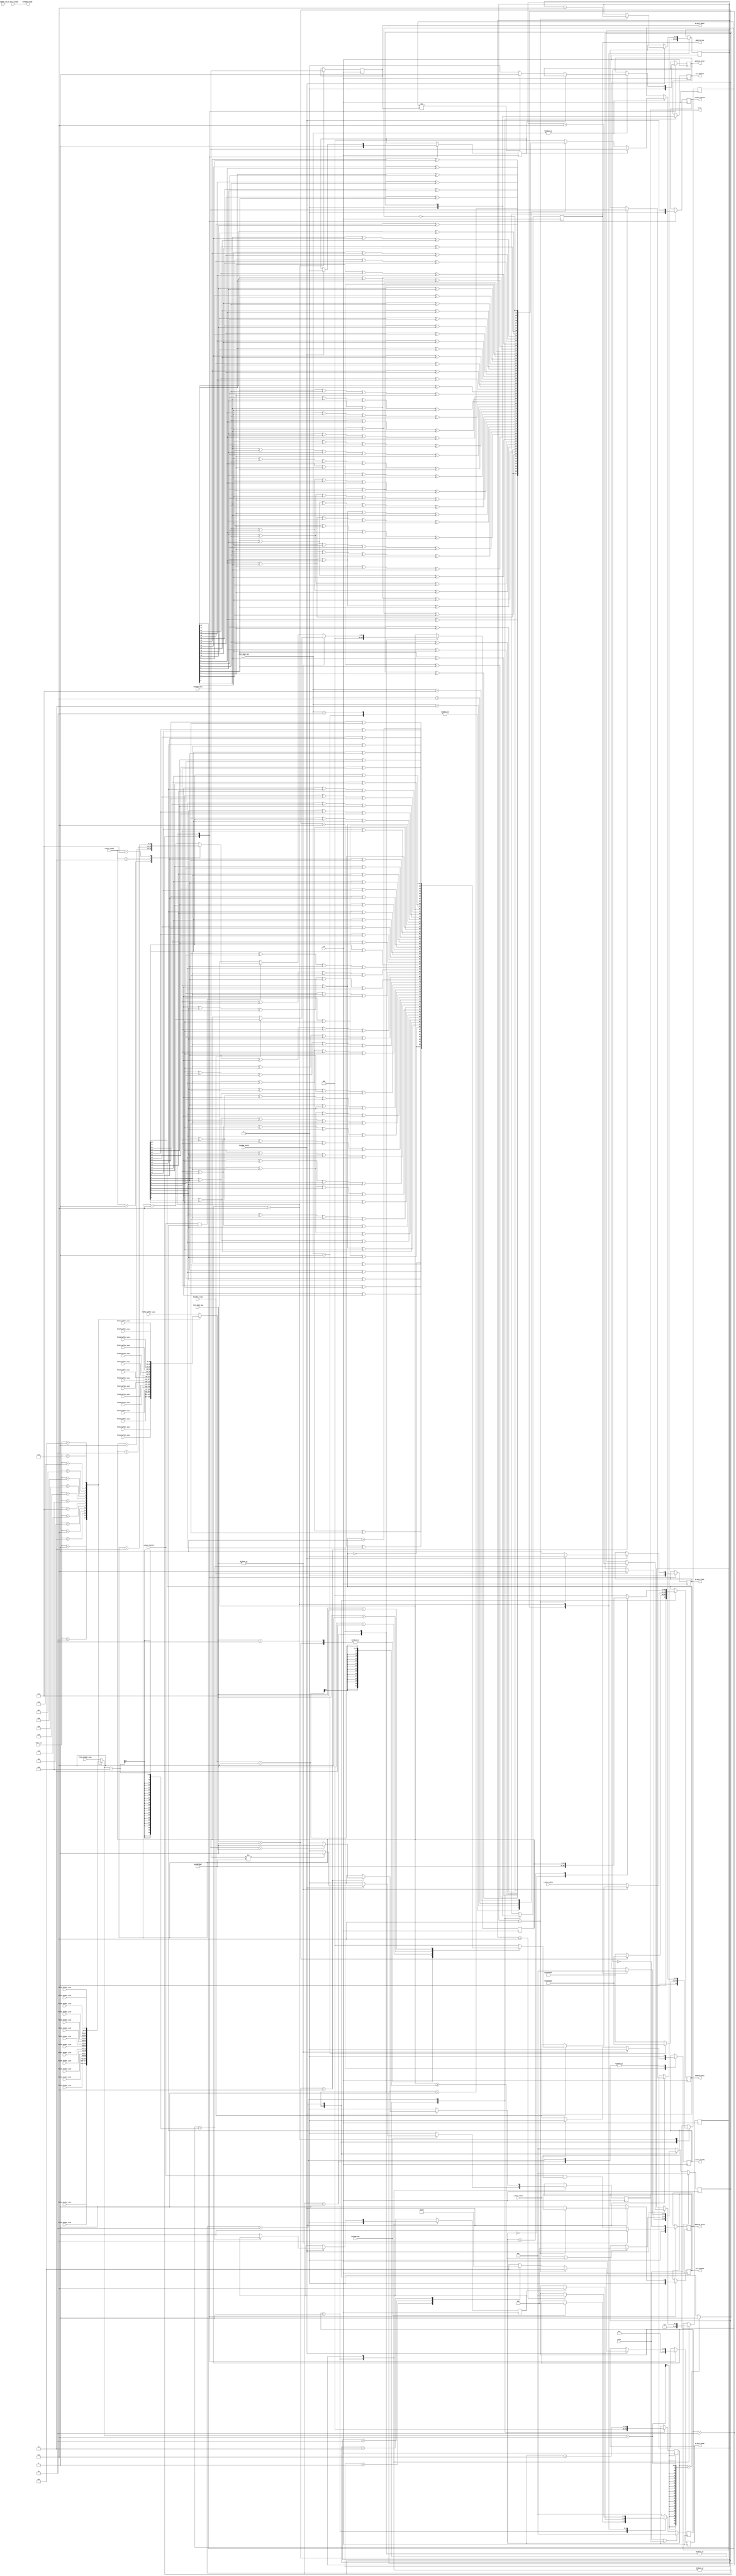

// ***************************************************************************
// ***************************************************************************
// Copyright 2011(c) Analog Devices, Inc.
//
// All rights reserved.
//
// Redistribution and use in source and binary forms, with or without modification,
// are permitted provided that the following conditions are met:
//     - Redistributions of source code must retain the above copyright
//       notice, this list of conditions and the following disclaimer.
//     - Redistributions in binary form must reproduce the above copyright
//       notice, this list of conditions and the following disclaimer in
//       the documentation and/or other materials provided with the
//       distribution.
//     - Neither the name of Analog Devices, Inc. nor the names of its
//       contributors may be used to endorse or promote products derived
//       from this software without specific prior written permission.
//     - The use of this software may or may not infringe the patent rights
//       of one or more patent holders.  This license does not release you
//       from the requirement that you obtain separate licenses from these
//       patent holders to use this software.
//     - Use of the software either in source or binary form, must be run
//       on or directly connected to an Analog Devices Inc. component.
//
// THIS SOFTWARE IS PROVIDED BY ANALOG DEVICES "AS IS" AND ANY EXPRESS OR IMPLIED WARRANTIES,
// INCLUDING, BUT NOT LIMITED TO, NON-INFRINGEMENT, MERCHANTABILITY AND FITNESS FOR A
// PARTICULAR PURPOSE ARE DISCLAIMED.
//
// IN NO EVENT SHALL ANALOG DEVICES BE LIABLE FOR ANY DIRECT, INDIRECT, INCIDENTAL, SPECIAL,
// EXEMPLARY, OR CONSEQUENTIAL DAMAGES (INCLUDING, BUT NOT LIMITED TO, INTELLECTUAL PROPERTY
// RIGHTS, PROCUREMENT OF SUBSTITUTE GOODS OR SERVICES; LOSS OF USE, DATA, OR PROFITS; OR
// BUSINESS INTERRUPTION) HOWEVER CAUSED AND ON ANY THEORY OF LIABILITY, WHETHER IN CONTRACT,
// STRICT LIABILITY, OR TORT (INCLUDING NEGLIGENCE OR OTHERWISE) ARISING IN ANY WAY OUT OF
// THE USE OF THIS SOFTWARE, EVEN IF ADVISED OF THE POSSIBILITY OF SUCH DAMAGE.
// ***************************************************************************
// ***************************************************************************
// ***************************************************************************
// ***************************************************************************

`timescale 1ns/100ps

module axi_usb_fx3_core (

  clk,
  reset,

  // s2mm

  s_axis_tdata,
  s_axis_tkeep,
  s_axis_tlast,
  s_axis_tready,
  s_axis_tvalid,

  // mm2s

  m_axis_tdata,
  m_axis_tkeep,
  m_axis_tlast,
  m_axis_tready,
  m_axis_tvalid,

  // configuration

  fifo0_header_size,
  fifo0_buffer_size,

  fifo1_header_size,
  fifo1_buffer_size,

  fifo2_header_size,
  fifo2_buffer_size,

  fifo3_header_size,
  fifo3_buffer_size,

  fifo4_header_size,
  fifo4_buffer_size,

  fifo5_header_size,
  fifo5_buffer_size,

  fifo6_header_size,
  fifo6_buffer_size,

  fifo7_header_size,
  fifo7_buffer_size,

  fifo8_header_size,
  fifo8_buffer_size,

  fifo9_header_size,
  fifo9_buffer_size,

  fifoa_header_size,
  fifoa_buffer_size,

  fifob_header_size,
  fifob_buffer_size,

  fifoc_header_size,
  fifoc_buffer_size,

  fifod_header_size,
  fifod_buffer_size,

  fifoe_header_size,
  fifoe_buffer_size,

  fifof_header_size,
  fifof_buffer_size,

  // fx3 interface
  // IN -> TO HOST / FX3
  // OUT -> FROM HOST / FX3

  fx32dma_valid,
  fx32dma_ready,
  fx32dma_data,
  fx32dma_sop,
  fx32dma_eop,

  dma2fx3_ready,
  dma2fx3_valid,
  dma2fx3_data,
  dma2fx3_eop,

  error,
  eot_fx32dma,
  eot_dma2fx3,

  test_mode_tpm,
  test_mode_tpg,
  monitor_error,

  fifo_num);

  input           clk;
  input           reset;

  // s2mm

  input           m_axis_tready;
  output  [31:0]  m_axis_tdata;
  output  [ 3:0]  m_axis_tkeep;
  output          m_axis_tlast;
  output          m_axis_tvalid;

  // mm2s

  input   [31:0]  s_axis_tdata;
  input   [ 3:0]  s_axis_tkeep;
  input           s_axis_tlast;
  input           s_axis_tvalid;
  output          s_axis_tready;

  // configuration

  input   [ 7:0]  fifo0_header_size;
  input   [15:0]  fifo0_buffer_size;

  input   [ 7:0]  fifo1_header_size;
  input   [15:0]  fifo1_buffer_size;

  input   [ 7:0]  fifo2_header_size;
  input   [15:0]  fifo2_buffer_size;

  input   [ 7:0]  fifo3_header_size;
  input   [15:0]  fifo3_buffer_size;

  input   [ 7:0]  fifo4_header_size;
  input   [15:0]  fifo4_buffer_size;

  input   [ 7:0]  fifo5_header_size;
  input   [15:0]  fifo5_buffer_size;

  input   [ 7:0]  fifo6_header_size;
  input   [15:0]  fifo6_buffer_size;

  input   [ 7:0]  fifo7_header_size;
  input   [15:0]  fifo7_buffer_size;

  input   [ 7:0]  fifo8_header_size;
  input   [15:0]  fifo8_buffer_size;

  input   [ 7:0]  fifo9_header_size;
  input   [15:0]  fifo9_buffer_size;

  input   [ 7:0]  fifoa_header_size;
  input   [15:0]  fifoa_buffer_size;

  input   [ 7:0]  fifob_header_size;
  input   [15:0]  fifob_buffer_size;

  input   [ 7:0]  fifoc_header_size;
  input   [15:0]  fifoc_buffer_size;

  input   [ 7:0]  fifod_header_size;
  input   [15:0]  fifod_buffer_size;

  input   [ 7:0]  fifoe_header_size;
  input   [15:0]  fifoe_buffer_size;

  input   [ 7:0]  fifof_header_size;
  input   [15:0]  fifof_buffer_size;

  // FX3 interface
  // IN -> ZYNQ TO HOST / FX3
  // OUT -> ZYNQ FROM HOST / FX3

  input           fx32dma_valid;
  output          fx32dma_ready;
  input   [31:0]  fx32dma_data;
  input           fx32dma_sop;
  input           fx32dma_eop;

  input           dma2fx3_ready;
  output          dma2fx3_valid;
  output  [31:0]  dma2fx3_data;
  output          dma2fx3_eop;

  output          error;
  output          eot_fx32dma;
  output          eot_dma2fx3;

  input   [ 2:0]  test_mode_tpm;
  input   [ 2:0]  test_mode_tpg;
  output          monitor_error;

  input   [ 4:0]  fifo_num;

  // internal parameters

  localparam IDLE         = 3'b001;
  localparam READ_HEADER  = 3'b010;
  localparam ADD_FOOTER   = 3'b010;
  localparam READ_DATA    = 3'b100;

  // internal signals

  wire            test_mode_active_tpm;
  wire            test_mode_active_tpg;

  // internal registers

  reg     [31:0]  data_size_transaction = 32'h0;
  reg     [15:0]  buffer_size_current = 16'h0;
  reg     [ 7:0]  header_size_current = 8'h0;

  reg     [31:0]  m_axis_tdata = 32'h0;
  reg     [ 3:0]  m_axis_tkeep = 4'h0;
  reg             m_axis_tlast = 1'b0;
  reg             m_axis_tvalid = 1'b0;

  reg             eot_fx32dma = 1'b0;
  reg             eot_dma2fx3 = 1'b0;

  reg             error_fx32dma = 1'b0;
  reg             error_dma2fx3 = 1'b0;

  reg     [ 2:0]  state_fx32dma = 3'h0;
  reg     [ 2:0]  next_state_fx32dma = 3'h0;

  reg     [ 2:0]  state_dma2fx3 = 3'h0;
  reg     [ 2:0]  next_state_dma2fx3 = 3'h0;

  reg     [ 7:0]  header_pointer = 8'h0;
  reg             header_read = 1'b0;

  reg     [31:0]  dma2fx3_counter = 1'b0;
  reg     [31:0]  footer_pointer = 1'b0;

  reg             s_axis_tready = 1'b0;
  reg             dma2fx3_valid = 1'b0;
  reg     [31:0]  dma2fx3_data = 32'h0;
  reg             dma2fx3_eop = 1'b0;

  reg     [31:0]  expected_data = 32'h0;
  reg             monitor_error = 1'b0;
  reg             first_transfer = 1'b0;

  function [31:0] pn23;
    input [31:0] din;
    reg   [31:0] dout;
    begin
      dout[31] = din[22] ^ din[17];
      dout[30] = din[21] ^ din[16];
      dout[29] = din[20] ^ din[15];
      dout[28] = din[19] ^ din[14];
      dout[27] = din[18] ^ din[13];
      dout[26] = din[17] ^ din[12];
      dout[25] = din[16] ^ din[11];
      dout[24] = din[15] ^ din[10];
      dout[23] = din[14] ^ din[ 9];
      dout[22] = din[13] ^ din[ 8];
      dout[21] = din[12] ^ din[ 7];
      dout[20] = din[11] ^ din[ 6];
      dout[19] = din[10] ^ din[ 5];
      dout[18] = din[ 9] ^ din[ 4];
      dout[17] = din[ 8] ^ din[ 3];
      dout[16] = din[ 7] ^ din[ 2];
      dout[15] = din[ 6] ^ din[ 1];
      dout[14] = din[ 5] ^ din[ 0];
      dout[13] = din[ 4] ^ din[22] ^ din[17];
      dout[12] = din[ 3] ^ din[21] ^ din[16];
      dout[11] = din[ 2] ^ din[20] ^ din[15];
      dout[10] = din[ 1] ^ din[19] ^ din[14];
      dout[ 9] = din[ 0] ^ din[18] ^ din[13];
      dout[ 8] = din[22] ^ din[12];
      dout[ 7] = din[21] ^ din[11];
      dout[ 6] = din[20] ^ din[10];
      dout[ 5] = din[19] ^ din[ 9];
      dout[ 4] = din[18] ^ din[ 8];
      dout[ 3] = din[17] ^ din[ 7];
      dout[ 2] = din[16] ^ din[ 6];
      dout[ 1] = din[15] ^ din[ 5];
      dout[ 0] = din[14] ^ din[ 4];
      pn23 = dout;
    end
  endfunction

  function [31:0] pn9;
    input [31:0] din;
    reg   [31:0] dout;
    begin
      dout[31] = din[ 8] ^ din[ 4];
      dout[30] = din[ 7] ^ din[ 3];
      dout[29] = din[ 6] ^ din[ 2];
      dout[28] = din[ 5] ^ din[ 1];
      dout[27] = din[ 4] ^ din[ 0];
      dout[26] = din[ 3] ^ din[ 8] ^ din[ 4];
      dout[25] = din[ 2] ^ din[ 7] ^ din[ 3];
      dout[24] = din[ 1] ^ din[ 6] ^ din[ 2];
      dout[23] = din[ 0] ^ din[ 5] ^ din[ 1];
      dout[22] = din[ 8] ^ din[ 0];
      dout[21] = din[ 7] ^ din[ 8] ^ din[ 4];
      dout[20] = din[ 6] ^ din[ 7] ^ din[ 3];
      dout[19] = din[ 5] ^ din[ 6] ^ din[ 2];
      dout[18] = din[ 4] ^ din[ 5] ^ din[ 1];
      dout[17] = din[ 3] ^ din[ 4] ^ din[ 0];
      dout[16] = din[ 2] ^ din[ 3] ^ din[ 8] ^ din[ 4];
      dout[15] = din[ 1] ^ din[ 2] ^ din[ 7] ^ din[ 3];
      dout[14] = din[ 0] ^ din[ 1] ^ din[ 6] ^ din[ 2];
      dout[13] = din[ 8] ^ din[ 0] ^ din[ 4] ^ din[ 5] ^ din[ 1];
      dout[12] = din[ 7] ^ din[ 8] ^ din[ 3] ^ din[ 0];
      dout[11] = din[ 6] ^ din[ 7] ^ din[ 2] ^ din[ 8] ^ din[ 4];
      dout[10] = din[ 5] ^ din[ 6] ^ din[ 1] ^ din[ 7] ^ din[ 3];
      dout[ 9] = din[ 4] ^ din[ 5] ^ din[ 0] ^ din[ 6] ^ din[ 2];
      dout[ 8] = din[ 3] ^ din[ 8] ^ din[ 5] ^ din[ 1];
      dout[ 7] = din[ 2] ^ din[ 4] ^ din[ 7] ^ din[ 0];
      dout[ 6] = din[ 1] ^ din[ 3] ^ din[ 6] ^ din[ 8] ^ din[ 4];
      dout[ 5] = din[ 0] ^ din[ 2] ^ din[ 5] ^ din[ 7] ^ din[ 3];
      dout[ 4] = din[ 8] ^ din[ 1] ^ din[ 6] ^ din[ 2];
      dout[ 3] = din[ 7] ^ din[ 0] ^ din[ 5] ^ din[ 1];
      dout[ 2] = din[ 6] ^ din[ 8] ^ din[ 0];
      dout[ 1] = din[5] ^ din[7] ^ din[8] ^ din[4];
      dout[ 0] = din[4] ^ din[6] ^ din[7] ^ din[3];
      pn9 = dout;
    end
  endfunction

  assign error = error_fx32dma | error_dma2fx3;

  assign test_mode_active_tpm = |test_mode_tpm;
  assign test_mode_active_tpg = |test_mode_tpg;

  // fx32dma

  assign fx32dma_ready = m_axis_tready;

  // state machine

  always @(posedge clk) begin
    if (reset == 1'b1 || error_fx32dma == 1'b1) begin
      state_fx32dma <= IDLE;
    end else begin
      state_fx32dma <= next_state_fx32dma;
    end
  end

  always @(*) begin
    case(state_fx32dma)
      IDLE:
      if(fx32dma_sop == 1'b1) begin
        next_state_fx32dma = READ_HEADER;
      end else begin
        next_state_fx32dma = state_fx32dma;
      end
      READ_HEADER:
      if(header_read == 1'b1) begin
        next_state_fx32dma = READ_DATA;
      end else begin
        next_state_fx32dma = state_fx32dma;
      end
      READ_DATA:
      if(data_size_transaction <= 4) begin
        next_state_fx32dma = IDLE;
      end else begin
        next_state_fx32dma = state_fx32dma;
      end
      default: next_state_fx32dma = IDLE;
    endcase
  end

  always @(posedge clk) begin
    case(state_fx32dma)
      IDLE: begin
        m_axis_tvalid <= 1'b0;
        m_axis_tkeep <= 4'h0;
        m_axis_tlast <= 1'b0;
        error_fx32dma <= 1'b0;
        eot_fx32dma <= 1'b0;
        header_read <= 1'b0;
        header_pointer <= 8'h4;
        first_transfer <= 1'b1;
        monitor_error <= 1'b0;
        if (fx32dma_sop == 1'b1) begin
          if(fx32dma_valid == 1'b1) begin
            if(fx32dma_data != 32'hf00ff00f) begin
              error_fx32dma <= 1'b1;
            end else begin
              error_fx32dma <= 1'b0;
            end
          end
        end
        case (test_mode_tpm)
          4'h1: expected_data <= 32'haaaaaaaa;
          default:  expected_data <= 32'hffffffff;
        endcase
      end
      READ_HEADER: begin
        m_axis_tvalid <= 1'b0;
        m_axis_tkeep <= 4'h0;
        m_axis_tlast <= 1'b0;
        error_fx32dma <= 1'b0;
        eot_fx32dma <= 1'b0;
        first_transfer <= 1'b1;
        monitor_error <= 1'b0;
        if( fx32dma_valid == 1'b1) begin
          if(header_pointer < header_size_current - 8) begin
            header_pointer <= header_pointer + 4;
          end else begin
            header_read <= 1'b1;
          end
          if (header_pointer == 4) begin
            data_size_transaction <= fx32dma_data;
            if (fx32dma_data > buffer_size_current) begin
              error_fx32dma <= 1'b1;
            end
          end
        end
      end
      READ_DATA: begin
        m_axis_tvalid <= fx32dma_valid;
        m_axis_tdata <= fx32dma_data;
        if (fx32dma_valid == 1'b1) begin
          first_transfer <= 1'b0;
          if (data_size_transaction > 4) begin
            m_axis_tkeep <= 4'hf;
            m_axis_tlast <= 1'b0;
            data_size_transaction <= data_size_transaction - 4;
          end else begin
            m_axis_tlast <= 1'b1;
            eot_fx32dma <= 1'b1;
            case (data_size_transaction)
              1: m_axis_tkeep <= 4'h1;
              2: m_axis_tkeep <= 4'h3;
              3: m_axis_tkeep <= 4'h7;
              default: m_axis_tkeep <= 4'hf;
            endcase
          end
        end
        // monitor
        if (test_mode_active_tpm == 1'b1) begin
          if (first_transfer == 1) begin
            expected_data <= fx32dma_data;
          end else begin
            case (test_mode_tpm)
              4'h1: expected_data <= ~expected_data;
              4'h2: expected_data <= ~expected_data;
              4'h3: expected_data <= pn9(expected_data);
              4'h4: expected_data <= pn23(expected_data);
              4'h7: expected_data <= expected_data + 1;
              default:  expected_data <= 0;
            endcase
            if (expected_data != m_axis_tdata) begin
              monitor_error <= 1'b1;
            end else begin
              monitor_error <= 1'b0;
            end
          end
        end
      end
    endcase
  end

  always @(*) begin
    case (fifo_num)
      5'h0: buffer_size_current = fifo0_buffer_size;
      5'h1: buffer_size_current = fifo1_buffer_size;
      5'h2: buffer_size_current = fifo2_buffer_size;
      5'h3: buffer_size_current = fifo3_buffer_size;
      5'h4: buffer_size_current = fifo4_buffer_size;
      5'h5: buffer_size_current = fifo5_buffer_size;
      5'h6: buffer_size_current = fifo6_buffer_size;
      5'h7: buffer_size_current = fifo7_buffer_size;
      5'h8: buffer_size_current = fifo8_buffer_size;
      5'h9: buffer_size_current = fifo9_buffer_size;
      5'ha: buffer_size_current = fifoa_buffer_size;
      5'hb: buffer_size_current = fifob_buffer_size;
      5'hc: buffer_size_current = fifoc_buffer_size;
      5'hd: buffer_size_current = fifod_buffer_size;
      5'he: buffer_size_current = fifoe_buffer_size;
      5'hf: buffer_size_current = fifof_buffer_size;
      default: buffer_size_current = fifo0_buffer_size;
    endcase
    case (fifo_num)
      5'h0: header_size_current = fifo0_header_size;
      5'h1: header_size_current = fifo1_header_size;
      5'h2: header_size_current = fifo2_header_size;
      5'h3: header_size_current = fifo3_header_size;
      5'h4: header_size_current = fifo4_header_size;
      5'h5: header_size_current = fifo5_header_size;
      5'h6: header_size_current = fifo6_header_size;
      5'h7: header_size_current = fifo7_header_size;
      5'h8: header_size_current = fifo8_header_size;
      5'h9: header_size_current = fifo9_header_size;
      5'ha: header_size_current = fifoa_header_size;
      5'hb: header_size_current = fifob_header_size;
      5'hc: header_size_current = fifoc_header_size;
      5'hd: header_size_current = fifod_header_size;
      5'he: header_size_current = fifoe_header_size;
      5'hf: header_size_current = fifof_header_size;
      default: header_size_current = fifo0_header_size;
    endcase
  end

  // dma2fx3

  always @(posedge clk) begin
    if (reset == 1'b1 || error_dma2fx3 == 1'b1) begin
      state_dma2fx3 <= IDLE;
    end else begin
      state_dma2fx3 <= next_state_dma2fx3;
    end
  end

  always @(*) begin
    case(state_dma2fx3)
      IDLE:
        if(dma2fx3_ready == 1'b1) begin
          next_state_dma2fx3 = READ_DATA;
        end else begin
          next_state_dma2fx3 = state_dma2fx3;
        end
      READ_DATA:
        if(s_axis_tlast == 1'b1 || dma2fx3_counter >= buffer_size_current - 4) begin
          next_state_dma2fx3 = ADD_FOOTER;
        end else begin
          next_state_dma2fx3 = state_dma2fx3;
        end
      ADD_FOOTER:
        if(dma2fx3_eop == 1'b1) begin
          next_state_dma2fx3 = IDLE;
        end else begin
          next_state_dma2fx3 = state_dma2fx3;
        end
        default: next_state_dma2fx3 = IDLE;
    endcase
  end

  always @(posedge clk) begin
    case(state_dma2fx3)
      IDLE: begin
        dma2fx3_eop <= 1'b0;
        eot_dma2fx3 <= 1'b0;
        s_axis_tready <= 1'b0;
        footer_pointer <= 0;
        dma2fx3_counter <= 0;
        dma2fx3_valid <= 1'b0;
        case (test_mode_tpg)
          4'h1: dma2fx3_data <= 32'haaaaaaaa;
          default:  dma2fx3_data <= 32'hffffffff;
        endcase
      end
      READ_DATA: begin
        dma2fx3_eop <= 1'b0;
        eot_dma2fx3 <= 1'b0;
        footer_pointer <= 0;
        if (test_mode_active_tpg == 1'b1) begin
          s_axis_tready <= 1'b0;
          dma2fx3_valid <= 1'b1;
          if (dma2fx3_ready == 1'b1) begin
            dma2fx3_counter <= dma2fx3_counter + 4;
            case (test_mode_tpg)
              4'h1: dma2fx3_data <= ~dma2fx3_data;
              4'h2: dma2fx3_data <= ~dma2fx3_data;
              4'h3: dma2fx3_data <= pn9(dma2fx3_data);
              4'h4: dma2fx3_data <= pn23(dma2fx3_data);
              4'h7: dma2fx3_data <= dma2fx3_data + 1;
              default:  dma2fx3_data <= 0;
            endcase
          end
        end else begin
          dma2fx3_data <= s_axis_tdata;
          if (s_axis_tlast == 1'b0) begin
            s_axis_tready <= dma2fx3_ready;
          end else begin
            s_axis_tready <= 1'b0;
          end
          dma2fx3_valid <= s_axis_tvalid & s_axis_tready;
          if (s_axis_tvalid== 1'b1 && s_axis_tready == 1'b1) begin
            case (s_axis_tkeep)
              1: dma2fx3_counter <= dma2fx3_counter + 1;
              3: dma2fx3_counter <= dma2fx3_counter + 2;
              7: dma2fx3_counter <= dma2fx3_counter + 3;
              default: dma2fx3_counter <= dma2fx3_counter + 4;
            endcase
          end
        end
      end
      ADD_FOOTER: begin
        dma2fx3_valid <= ~eot_dma2fx3;
        dma2fx3_eop <= 1'b0;
        eot_dma2fx3 <= 1'b0;
        s_axis_tready <= 1'b0;
        footer_pointer <= footer_pointer + 4;
        case(footer_pointer)
          32'h0: dma2fx3_data <= 32'hf00ff00f;
          32'h4: dma2fx3_data <= dma2fx3_counter;
          32'h8: dma2fx3_data <= 32'h0;
          default: dma2fx3_data <= 32'h0;
        endcase
        if (footer_pointer == header_size_current - 4) begin
          dma2fx3_eop <= 1'b1;
          eot_dma2fx3 <= 1'b1;
        end
      end
    endcase
  end

endmodule